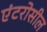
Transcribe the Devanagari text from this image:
एंटरोसील